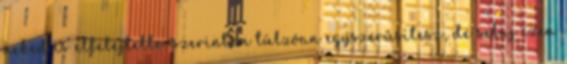
neked is elfelejtette: szerintem túlzóan egyszerűsítesz, de sebaj ezen